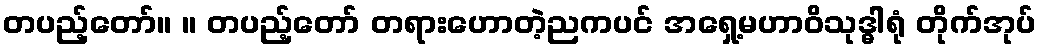
တပည့်တော်။ ။ တပည့်တော် တရားဟောတဲ့ညကပင် အရှေ့မဟာဝိသုဒ္ဓါရုံ တိုက်အုပ်